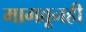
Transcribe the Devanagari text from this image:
मागवूनही